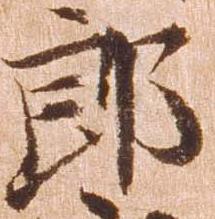
郎